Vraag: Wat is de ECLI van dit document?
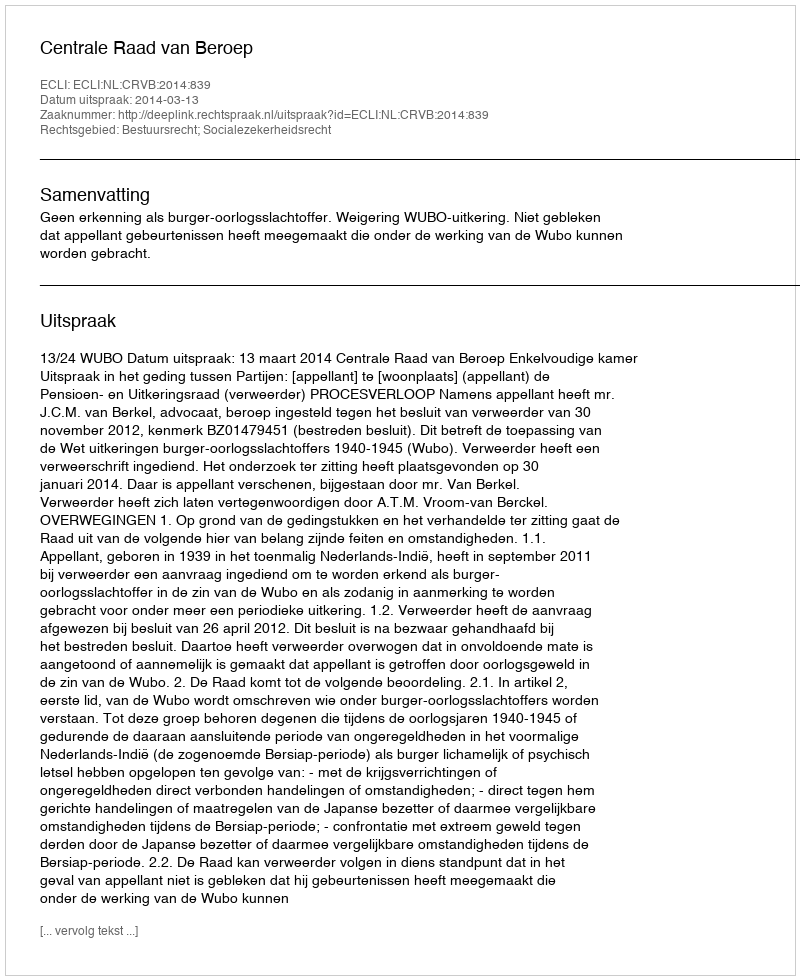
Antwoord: ECLI:NL:CRVB:2014:839